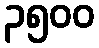
၃၅၀၀